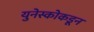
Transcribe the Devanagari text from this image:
युनेस्कोकडून